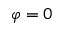
\varphi = 0